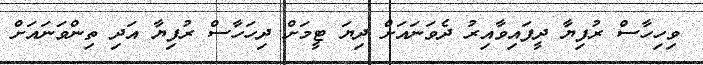
ވިހިހާސް ރުފިޔާ ދީފައިވާއިރު ދެވަނައަށް ދިޔަ ޓީމަށް ދިހަހާސް ރުފިޔާ އަދި ތިންވަނައަށް